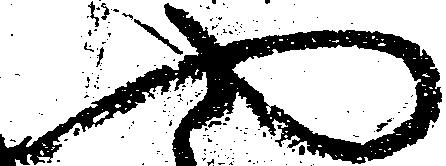
や